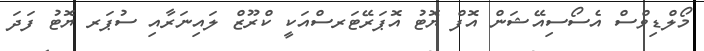
މޯލްޑިވްސް އެސޯސިއޭޝަން އޮފް ޔޮޓު އޮޕަރޭޓަރސްއަކީ ކްރޫޒް ލައިނަރާއި ސުޕަރ ޔޮޓު ފަދަ